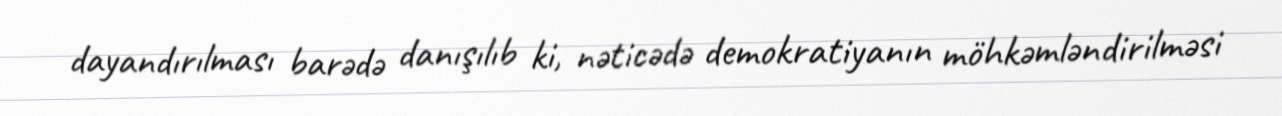
dayandırılması barədə danışılıb ki, nəticədə demokratiyanın möhkəmləndirilməsi